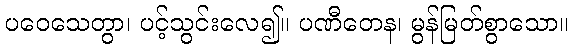
ပဝေသေတွာ၊ ပင့်သွင်းလေ၍။ ပဏီတေန၊ မွန်မြတ်စွာသော။